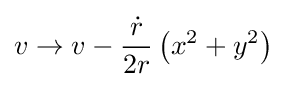
v\to v-{\frac {\dot {r}}{2r}}\left(x^{2}+y^{2}\right)